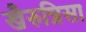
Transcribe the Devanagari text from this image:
खैरुन्निसा